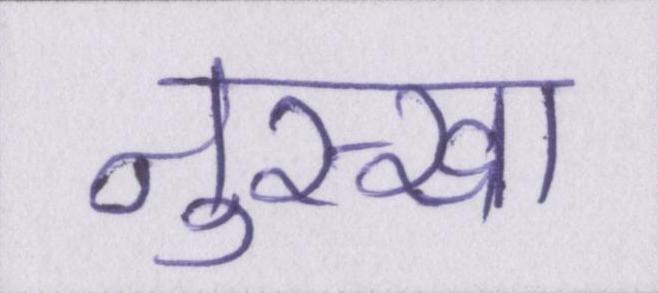
नुस्खा